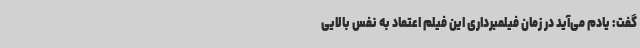
گفت: یادم می‌آید در زمان فیلمبرداری این فیلم اعتماد به نفس بالایی